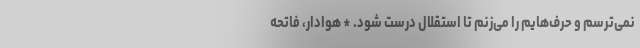
نمی‌ترسم و حرف‌هایم را می‌زنم تا استقلال درست شود. * هوادار، فاتحه